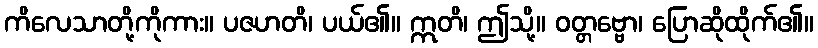
ကိလေသာတို့ကိုကား။ ပဇဟတိ၊ ပယ်၏။ ဣတိ၊ ဤသို့။ ဝတ္တဗ္ဗော၊ ပြောဆိုထိုက်၏။